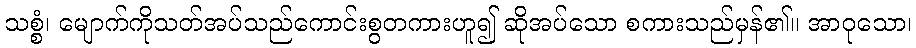
သစ္စံ၊ မျောက်ကိုသတ်အပ်သည်ကောင်းစွတကားဟူ၍ ဆိုအပ်သော စကားသည်မှန်၏။ အာဝုသော၊